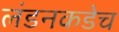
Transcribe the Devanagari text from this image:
लंडनकडेच